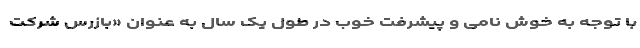
با توجه به خوش نامی و پیشرفت خوب در طول یک سال به عنوان «بازرس شرکت